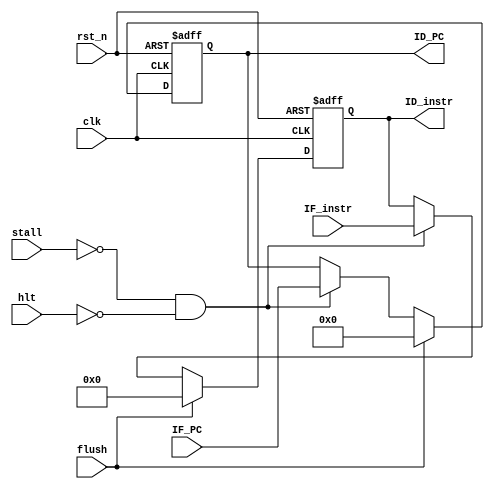
`timescale 1ns / 1ps
module IF_ID_pipeline_reg(
		input clk, 
		input rst_n, 
		input hlt, 
		input stall, 
		input flush, 
		input [31:0] IF_instr, 
		input [21:0] IF_PC, 
		output reg [31:0] ID_instr, 
		output reg [21:0] ID_PC
	);

	always @(posedge clk, negedge rst_n)
		if (!rst_n)
		  ID_instr <= 0;
		else if (flush)
		  ID_instr <= 0;
		else if (!stall & !hlt)
		  ID_instr <= IF_instr;
		else
		  ID_instr <= ID_instr;
	
	always @(posedge clk, negedge rst_n)
		if (!rst_n)
		  ID_PC <= 0;
		else if (flush)
		  ID_PC <= 0;
		else if (!stall & !hlt)
		  ID_PC <= IF_PC;
		else 
		  ID_PC <= ID_PC;

endmodule